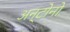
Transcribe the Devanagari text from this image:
अन्टोनो